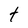
Character: t